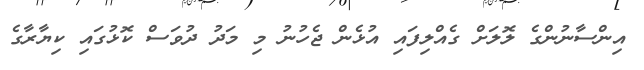
އިންސާނުންގެ ލޮލަށް ގެއްލިފައި އުޅެން ޖެހުނު މި މަދު ދުވަސް ކޮޅުގައި ކިޔާރާގެ